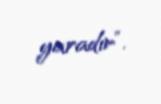
yaradır”.